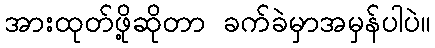
အားထုတ်ဖို့ဆိုတာ ခက်ခဲမှာအမှန်ပါပဲ။